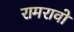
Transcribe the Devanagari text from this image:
रामरावो